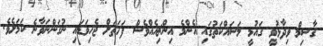
ގާސިމް ވިދާޅުވީ ގައުމީ މަސައްކަތުގައި އެންމެ އިންޗިއެއްވެސް ފަހަތަށް ޖެހިވަޑައި ނުގަންނަވާނެ ކަމަށެވެ.